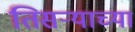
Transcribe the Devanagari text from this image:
तिसर्‍याच्या